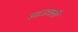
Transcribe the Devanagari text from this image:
साजवली